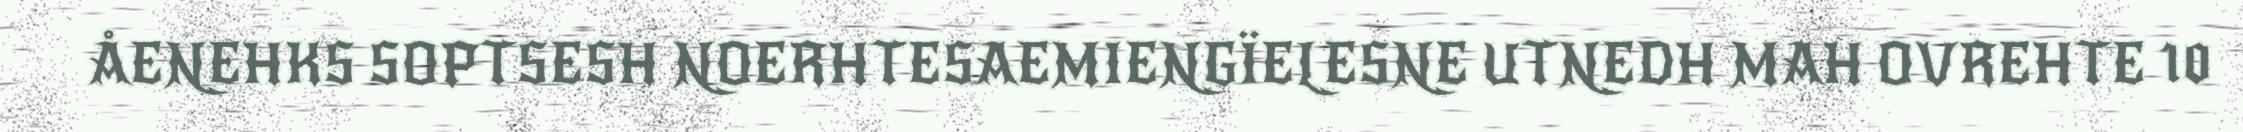
ÅENEHKS SOPTSESH NOERHTESAEMIENGÏELESNE UTNEDH MAH OVREHTE 10